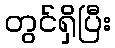
တွင်ရှိပြီး